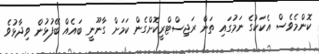
ކޮންމެވެސް އެކަކުގެ ނަމުގައި ތަން ރަޖިސްޓްރީކޮށްގެން ކަމަށް ގާނޫނީ ބައެއް ބޭފުޅުން ވިދާޅުވެ